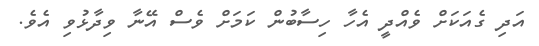
އަދި ގެއަކަށް ވެއްދީ އެހާ ހިސާބުން ކަމަށް ވެސް އޭނާ ވިދާޅުވި އެވެ.